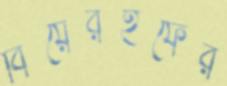
বিয়েরহফের